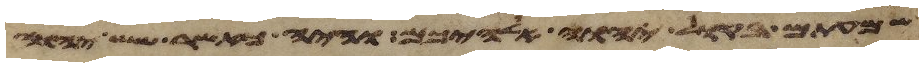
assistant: שמעתם בקול יהוה אלהיכם והיה כאשר שש יהוה